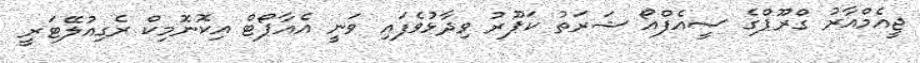
ޖީއެމްއާރު ގްރޫޕްގެ ސީއެފްއޯ ޝަރަތު ކަޕޫރު ވިދާޅުވެފައި ވަނީ އެއާޕޯޓް އިކޮނޮމިކް ރެގިއުލޭޓަރީ